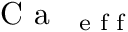
\mathrm { ~ C ~ a ~ } _ { \mathrm { ~ \scriptsize ~ e ~ f ~ f ~ } }